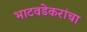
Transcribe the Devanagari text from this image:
भाटवडेकरांचा